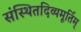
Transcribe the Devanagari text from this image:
संस्थितदिव्यमूर्तिम्